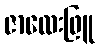
ဇာလေးဖြူ